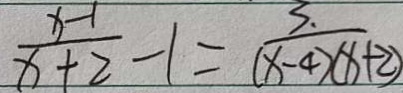
\frac { x - 1 } { x + 2 } - 1 = \frac { 3 . } { ( x - 4 ) ( x + 2 ) }